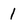
Character: 1